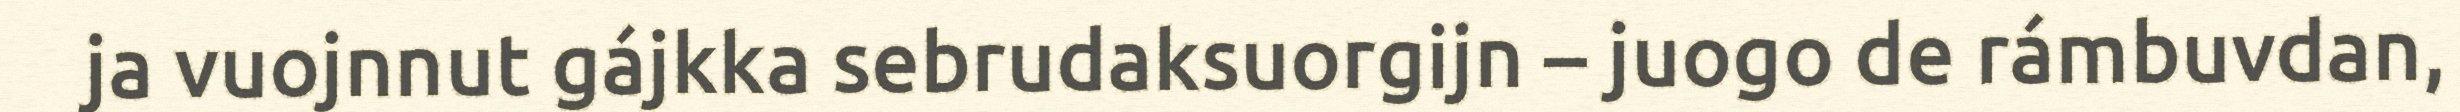
ja vuojnnut gájkka sebrudaksuorgijn – juogo de rámbuvdan,